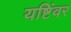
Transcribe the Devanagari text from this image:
यष्टिंवर